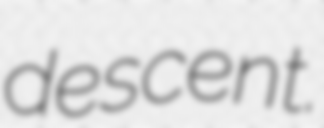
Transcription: descent.